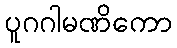
ပူဂဂါမဏိကော